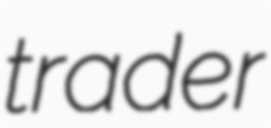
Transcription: trader